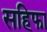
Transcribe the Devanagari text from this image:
सहिफा